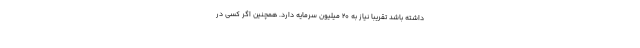
داشته باشد تقریبا نیاز به ۲۰ میلیون سرمایه دارد. همچنین اگر کسی در